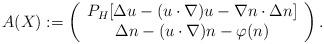
LaTeX: \begin{align*}A(X) :=\left(\begin{array}{c} P_H [ \Delta u - (u\cdot \nabla) u - \nabla n \cdot \Delta n ] \\\Delta n - (u\cdot \nabla) n - \varphi(n)\end{array}\right).\end{align*}